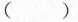
（）